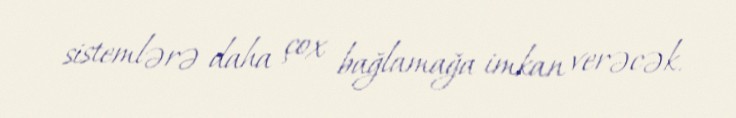
sistemlərə daha çox bağlamağa imkan verəcək.